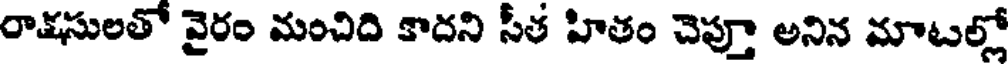
రాక్షసులతో వైరం మంచిది కాదని సీత హితం చెప్తూ అనిన మాటల్లో